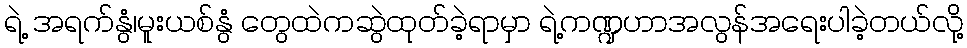
ရဲ့ အရက်နွံ၊မူးယစ်နွံ တွေထဲကဆွဲထုတ်ခဲ့ရာမှာ ရဲ့ကဏ္ဍဟာအလွန်အရေးပါခဲ့တယ်လို့